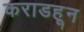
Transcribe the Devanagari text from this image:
कराडहून